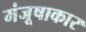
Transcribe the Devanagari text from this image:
मंजूषाकार